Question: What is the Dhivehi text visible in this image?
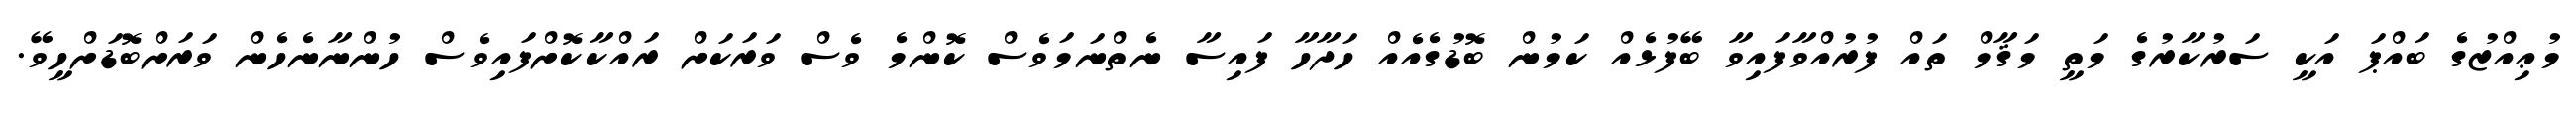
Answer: މުޢިއްޒުގެ ބައްޕަ އަކީ ސަރުކާރުގެ މަތީ މަޤާމް ތައް ފުރުއްވާފައިވާ ބޭފުޅެއް ކަމުން ބޮޑުގެއެއް ހަދާހާ ފައިސާ ނެތްނަމަވެސް ކޮންމެ ވެސް ވަރަކަށް ރައްކާކޮށްފައިވެސް ހުންނާނެހެން ވަރަށްބޮޑަށްހީވޭ.